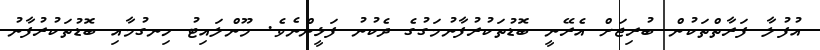
އުފުލާ ފަރާތްތަކުން ބުރިޖަށް އެރޭނީ ބޮޑުތަކުރުފާނުމަގުގެ ދެކުނު ފަޅީންނެވެ. މޫންލައިޓު ހިނގުމާއި ބޮޑުތަކުރުފާނު